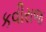
કવીરાજ